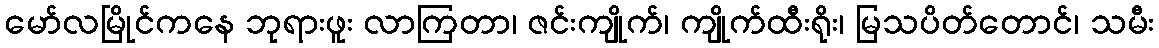
မော်လမြိုင်ကနေ ဘုရားဖူး လာကြတာ၊ ဇင်းကျိုက်၊ ကျိုက်ထီးရိုး၊ မြသပိတ်တောင်၊ သမီး